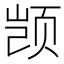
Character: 𫖮